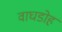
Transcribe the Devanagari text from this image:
वाघडोह